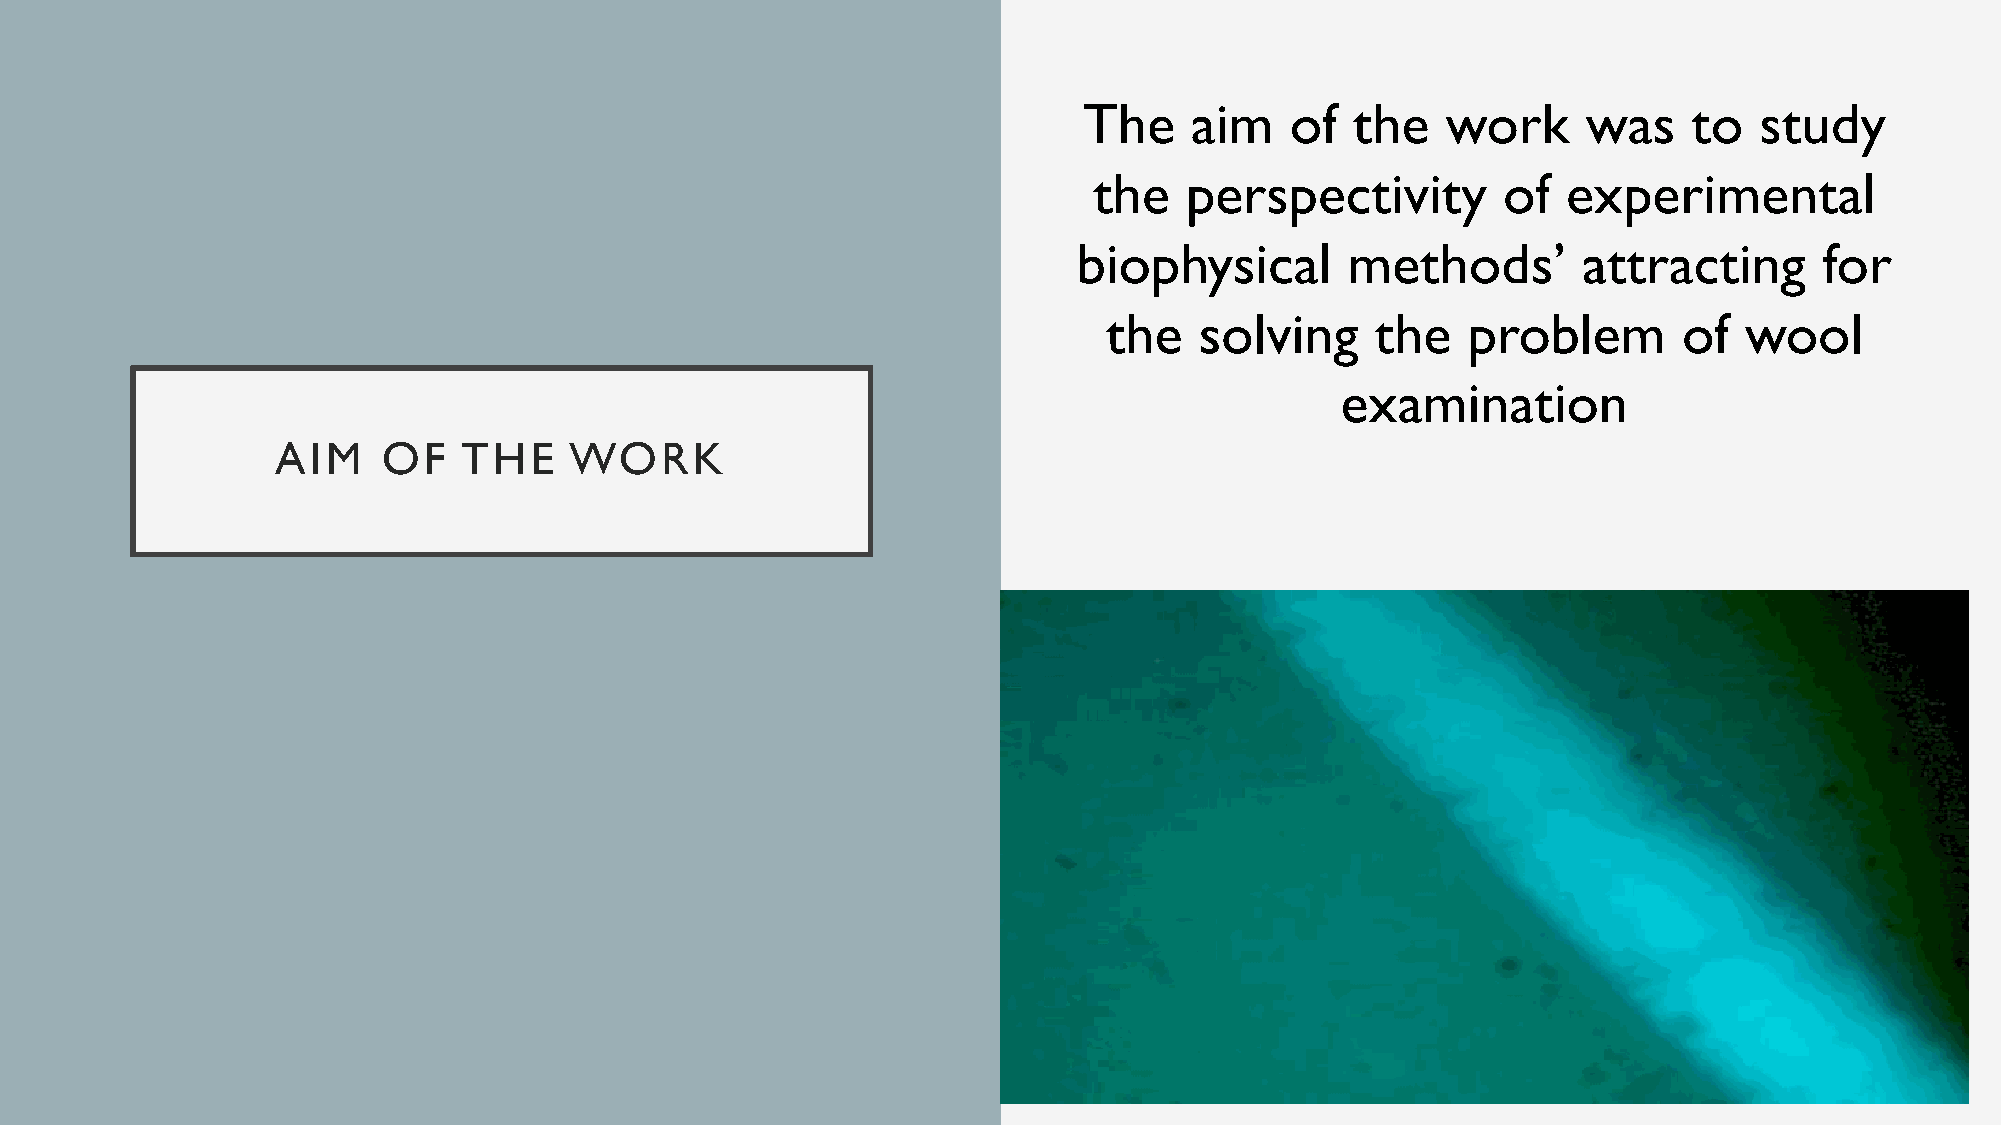
The    aim   of   the   work     was    to  study
 the   perspectivity        of   experimental
 biophysical       methods’        attracting      for
 the   solving     the   problem       of  wool
 examination
 AIM    OF    THE    WORK